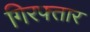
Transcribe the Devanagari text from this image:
गिरफ्तार